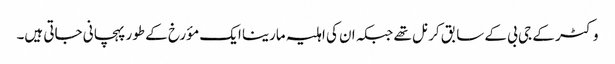
وکٹر کے جی بی کے سابق کرنل تھے جبکہ ان کی اہلیہ مارینا ایک مؤرخ کے طور پہچانی جاتی ہیں۔